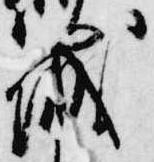
城